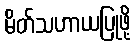
မိတ်သဟာယပြုဖို့